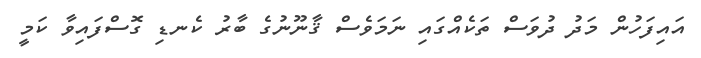
އައިފަހުން މަދު ދުވަސް ތަކެއްގައި ނަމަވެސް ޤާނޫނުގެ ބާރު ކެނޑި ގޮސްފައިވާ ކަމީ